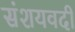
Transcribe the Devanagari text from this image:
संशयवदी